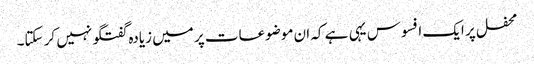
محفل پر ایک افسوس یہی ہے کہ ان موضوعات پر میں زیادہ گفتگو نہیں کر سکتا۔